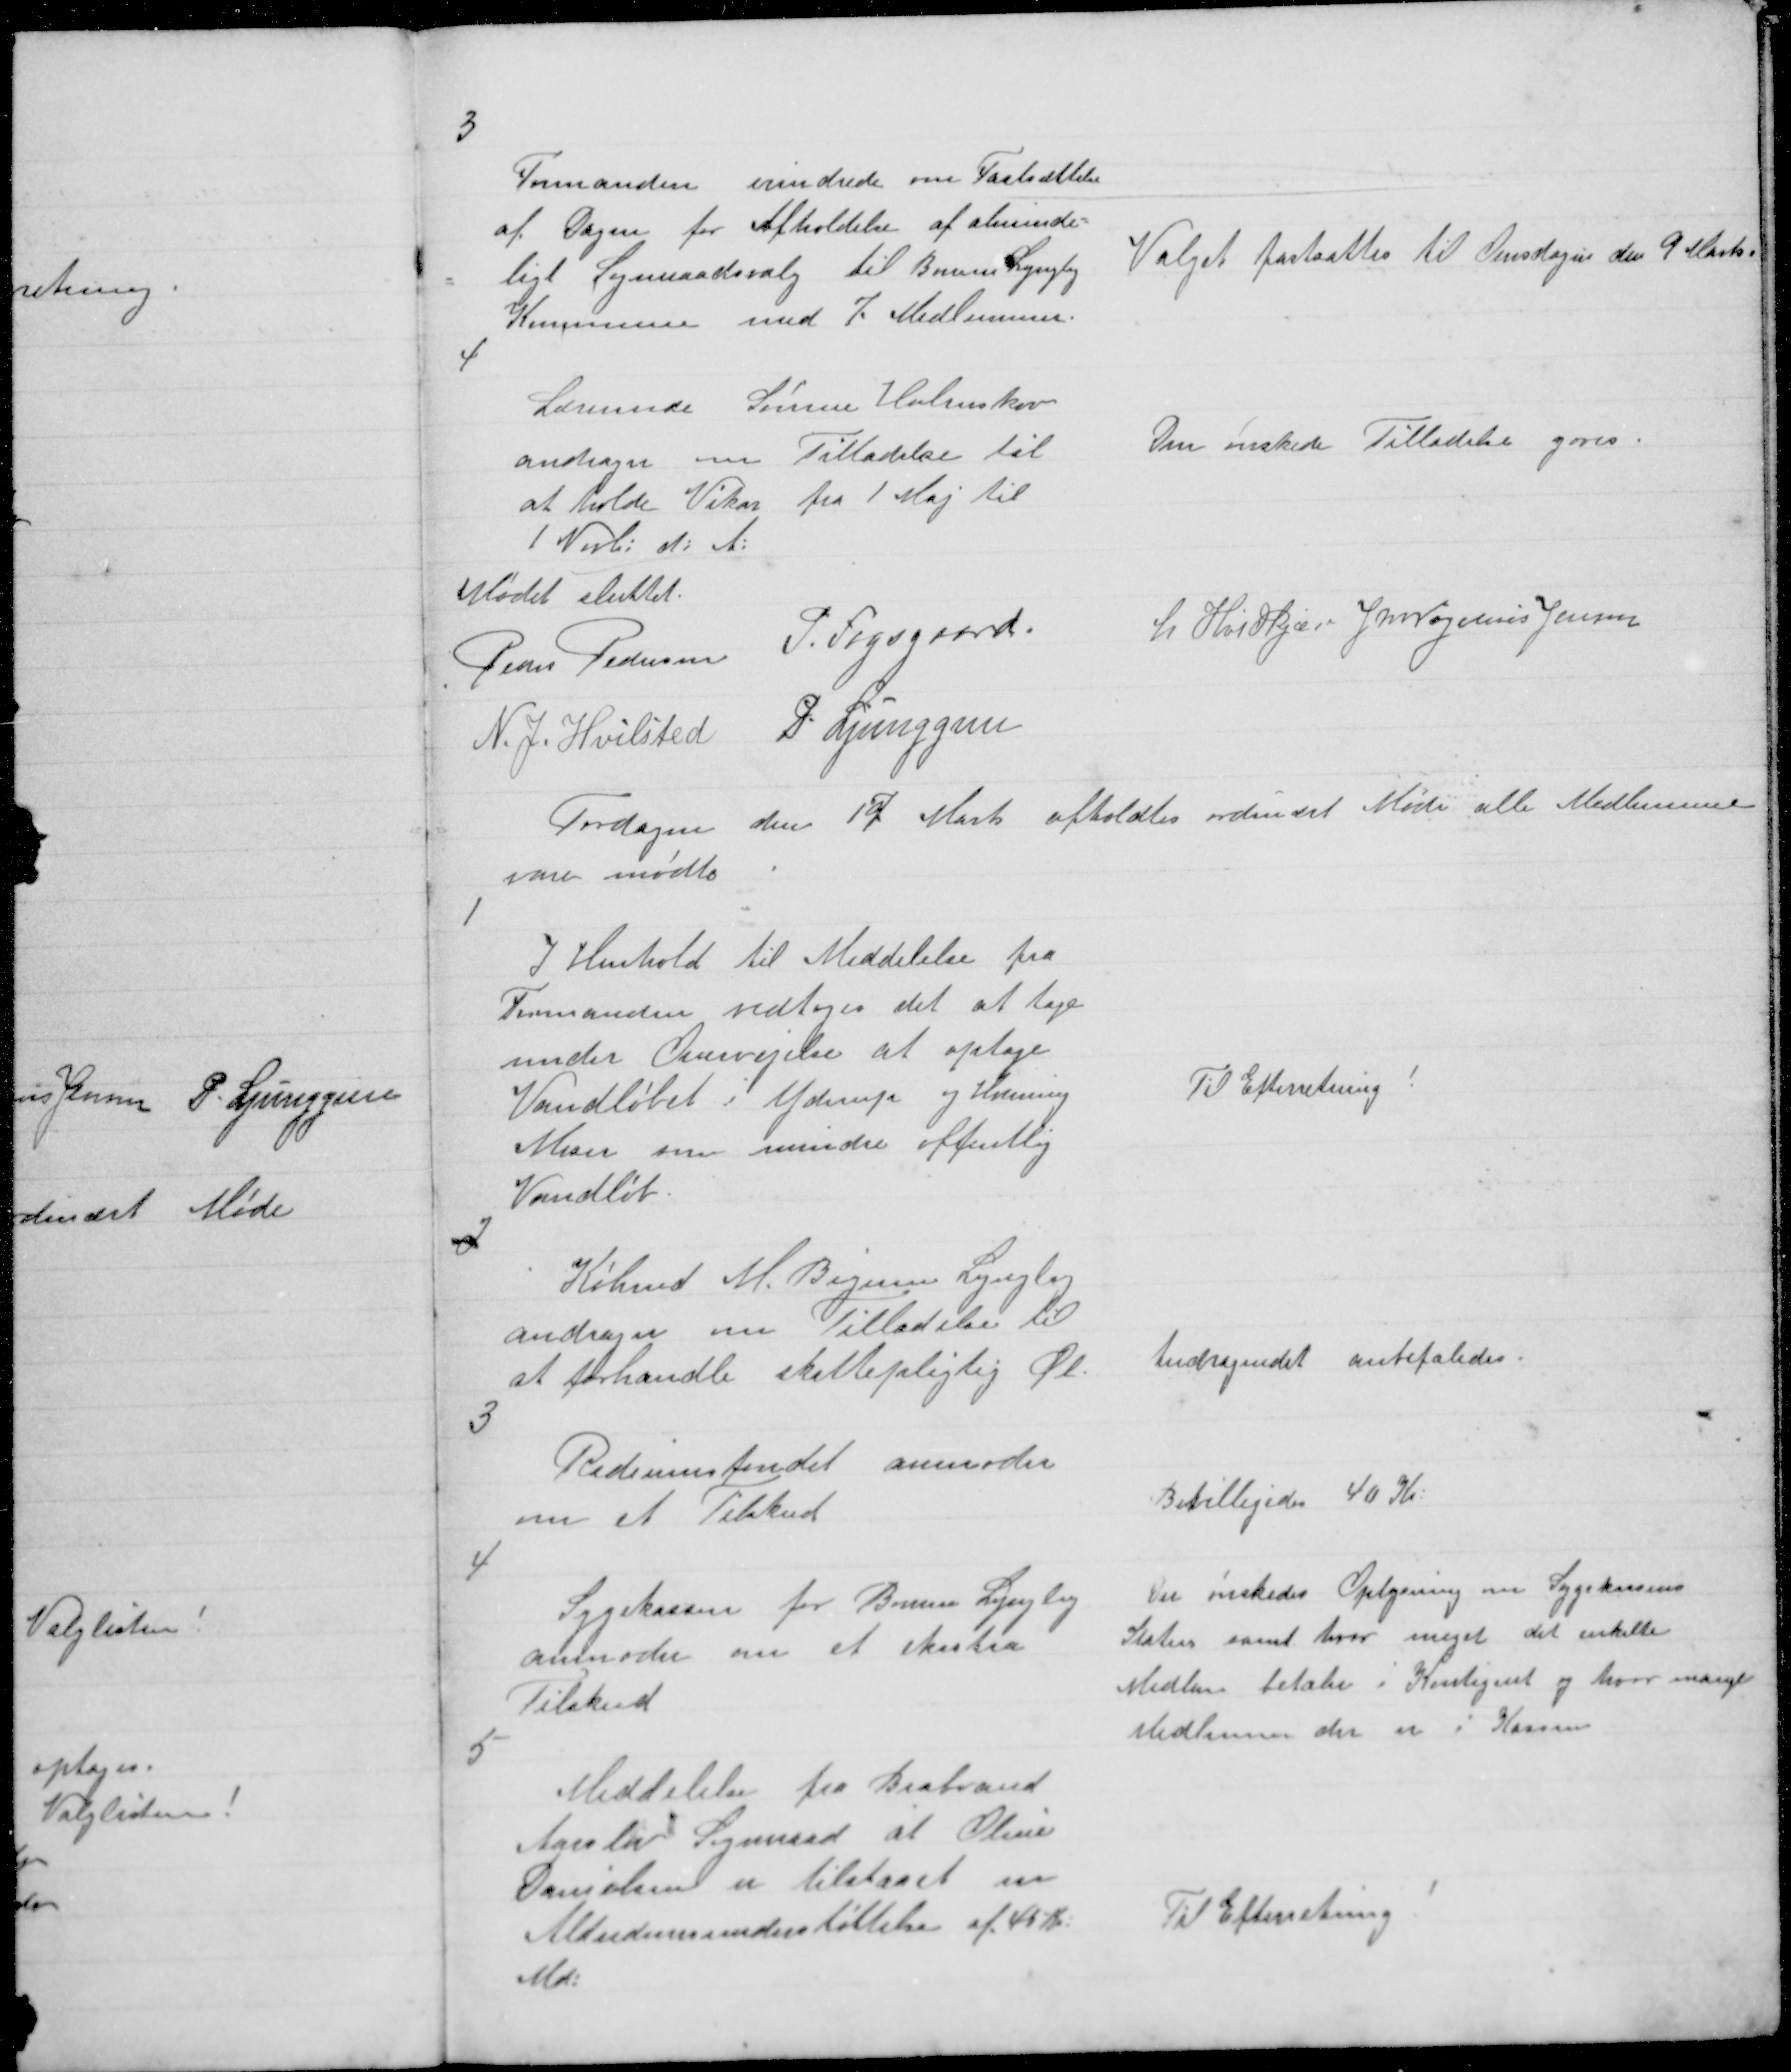
Transskription:
3

Formanden erindrede om Fastsættelse
af Dagen for Afholdelse af alminde=
ligt Sogneraadsvalg til Borum Lyngby
Kommune med 7. Medlemmer.

Valget fastsattes til Onsdagen den 9 Marts.

4

Lærerinde Sørine Holmskov
andrager om Tilladelse til
at holde Vikar fra 1 Maj til
1 Novb: d: A:

Den ønskede Tilladelse gaves.

Mødet sluttet
Peder Pedersen P. Fogsgaard
L Hvidkjær J M Vogelius Jensen
N. J. Hvilsted P. Ljunggren

Tordagen den 17 Marts afholdtes ordinært Møde alle medlemmerne
vare mødte

1

I Henhold til Meddelelse fra
Formanden vedtoges det at tage
under Overvejelse at optage
Vandløbet i Yderup og Hvinning
Moser som mindre offentlig
Vandløb.

Til Efterretning!

2

Købmd M. Bigum Lyngby
andrager om Tilladelse til
at forhandle skattepligtig Øl.

Andragendet anbefaledes.

3

Radiumsfondet anmoder
om et Tilskud

Bevilligedes 40 Kr:

4

Sygekassen for Borum Lyngby
anmoder om et ekstra
Tilskud

Der ønskedes Oplysning om Sygekassens
Status samt hvor meget det enkelte
Medlem betaler i Kontigent og hvor mange
Medlemer der er i Kassen

5

Meddelelse fra Brabrand
Aarslev Sogneraad at Oline
Danielsen er tilstaaet en
Alderdomsunderstøttelse af 45 Kr:
Md:

Til Efterretning !